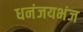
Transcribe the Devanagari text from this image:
धनंजयभंज